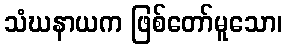
သံဃနာယက ဖြစ်တော်မူသော၊